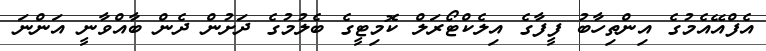
އެފްއޭއެމުގެ އިންތިހާބު ފީފާގެ އިލެކްޓޯރަލް ކޮމިޓީގެ ބެލުމުގެ ދަށުން ދެން ބާއްވާނީ އަންނަ